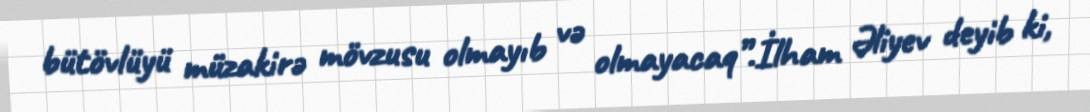
bütövlüyü müzakirə mövzusu olmayıb və olmayacaq”.İlham Əliyev deyib ki,